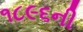
૧૮૯૬ની